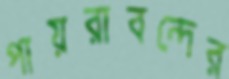
পায়রাবন্দের